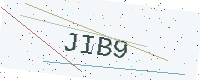
Text: JIB9